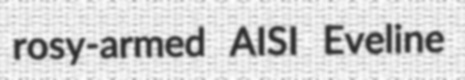
rosy-armed AISI Eveline